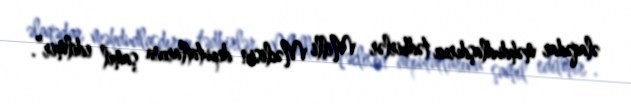
əlaqədar məhdudlaşdırıcı tədbirlər Milli Məclisin deputatlarına şamil edilmir”.